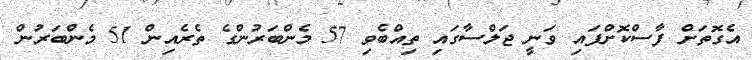
އެގޮތަށް ފާސްކޮށްފައި ވަނީ ޖަލްސާގައި ތިއްބެވި 57 މެންބަރުންގެ ތެރެއިން 51 މެންބަރުން